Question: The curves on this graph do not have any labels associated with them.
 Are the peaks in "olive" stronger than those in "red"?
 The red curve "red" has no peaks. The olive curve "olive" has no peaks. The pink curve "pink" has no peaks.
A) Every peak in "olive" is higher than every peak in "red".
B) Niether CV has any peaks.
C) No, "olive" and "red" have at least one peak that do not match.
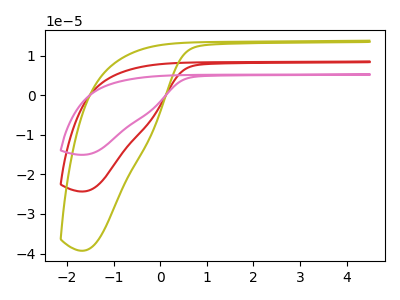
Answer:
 <answer>B) Niether CV has any peaks.</answer>
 <eval>B</eval>